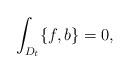
LaTeX: \begin{align*} \int_{D_t} \{f,b\}=0,\end{align*}